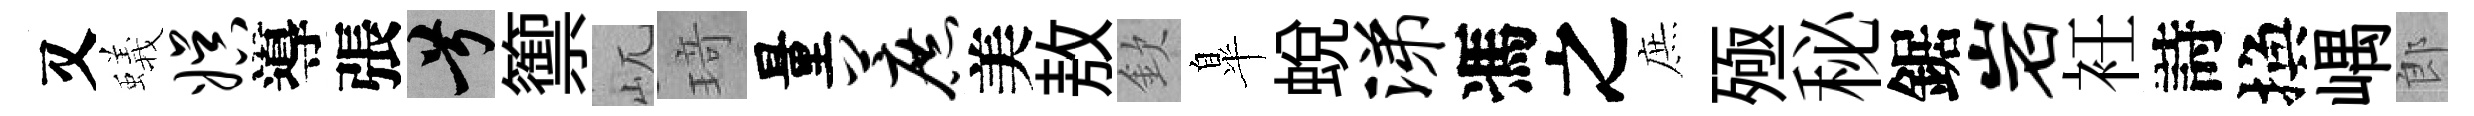
又蟻娱導張兮籞屼𤦺量蔗美敖欽臯蛻涕馮之庶殛秘鋸岩衽詩換嵎郎